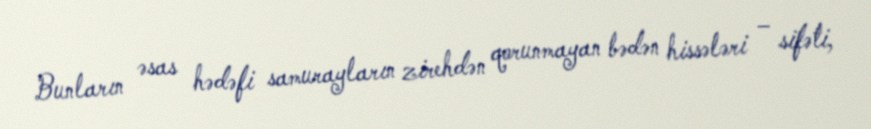
Bunların əsas hədəfi samurayların zirehdən qorunmayan bədən hissələri – sifəti,